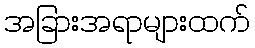
အခြားအရာများထက်